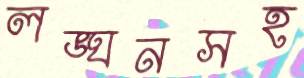
লঙ্ঘনসহ